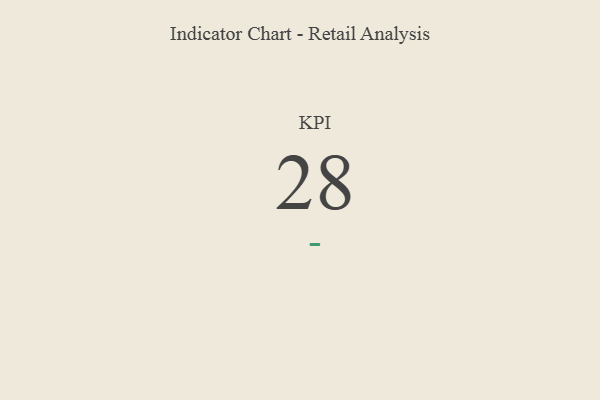
{"axis": {"x": "KPI", "y": "Value"}, "legend": [""], "data": [{"x": "KPI", "y": 28, "type": ""}]}